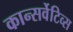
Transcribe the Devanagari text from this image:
कान्सर्वेटिव्स